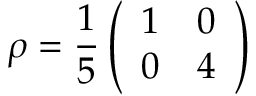
\rho = \frac { 1 } { 5 } \left( \begin{array} { c c } { { 1 } } & { { 0 } } \\ { { 0 } } & { { 4 } } \end{array} \right)